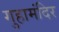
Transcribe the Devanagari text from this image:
गुहामंदिर